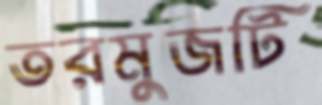
তরমুজটি